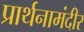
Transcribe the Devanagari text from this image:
प्रार्थनामंदीर